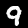
Digit: 9